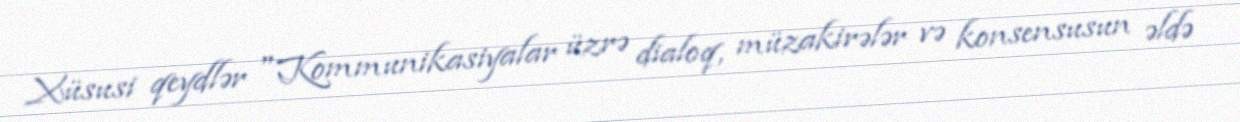
Xüsusi qeydlər "Kommunikasiyalar üzrə dialoq, müzakirələr və konsensusun əldə